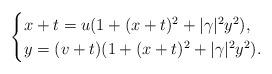
LaTeX: \begin{align*}\begin{cases}x+t =u(1+(x+t)^2+|\gamma|^2 y^2),\\ y=(v+t)(1+(x+t)^2+|\gamma|^2 y^2).\end{cases}\end{align*}